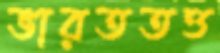
ভারততত্ত